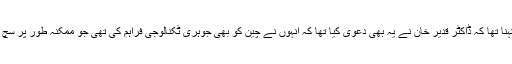
جوشووا کا کہنا تھا کہ ڈاکٹر قدیر خان نے یہ بھی دعویٰ کیا تھا کہ اُنہوں نے چین کو بھی جوہری ٹکنالوجی فراہم کی تھی جو ممکنہ طور پر سچ ہو سکتا ہے۔